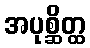
အပုစ္ဆိတ္ထ